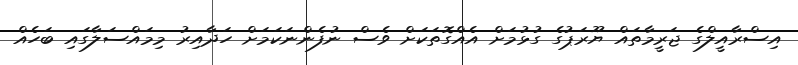
އިސްރާއީލްގެ ޖަރީމާތައް ޔޫރަޕުގެ ގުޅުމަށް އެއްގޮތަކަށް ވެސް ނުފެންނަކަމަށް ހަދާއިރު މިމައްސަލާގައި ބަހެއް